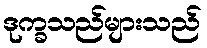
ဒုက္ခသည်များသည်